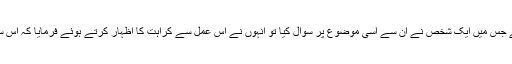
صرف ابن عباس رضی اللہ عنہما کا ایک قول ملتا ہے جس میں ایک شخص نے ان سے اسی موضوع پر سوال کیا تو انہوں نے اس عمل سے کراہت کا اظہار کرتے ہوئے فرمایا کہ اس سے کہیں بہتر ہے کہ تم کسی لونڈی سے نکاح کر لو۔